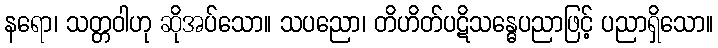
နရော၊ သတ္တဝါဟု ဆိုအပ်သော။ သပညော၊ တိဟိတ်ပဋိသန္ဓေပညာဖြင့် ပညာရှိသော။